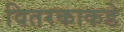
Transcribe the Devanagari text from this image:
वितरकाकडे